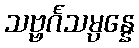
သဗ္ဗင်္ဂသမ္ပန္နေ